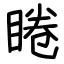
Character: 睠